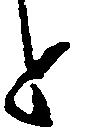
と